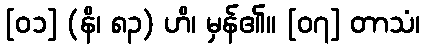
[၀၁] (နိ၊ ၈၃) ဟိ၊ မှန်၏။ [၀၇] တာသံ၊